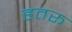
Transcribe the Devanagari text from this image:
हतरू